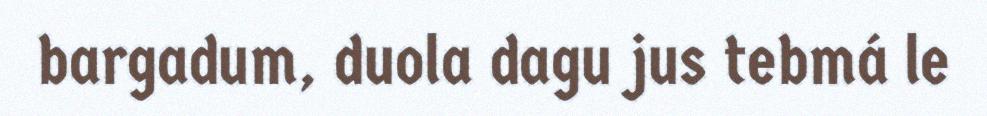
bargadum, duola dagu jus tebmá le